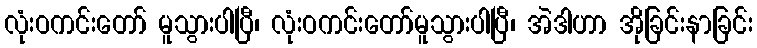
လုံးဝကင်းတော် မူသွားပါပြီ၊ လုံးဝကင်းတော်မူသွားပါပြီ၊ အဲဒါဟာ အိုခြင်းနာခြင်း